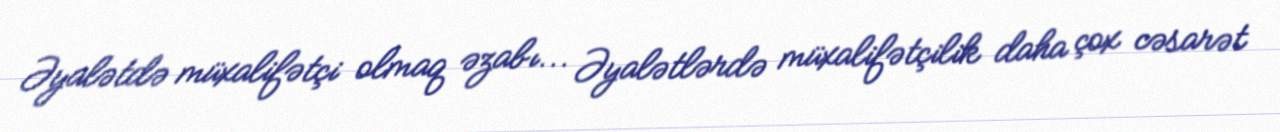
Əyalətdə müxalifətçi olmaq əzabı... Əyalətlərdə müxalifətçilik daha çox cəsarət